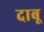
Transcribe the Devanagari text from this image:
दाबू